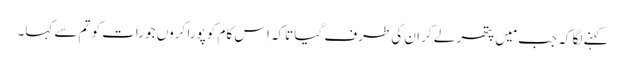
کہنے لگا کہ جب مَیں پتھر لے کر ان کی طرف گیا تاکہ اس کام کو پورا کروں جو رات کو تم سے کہا۔